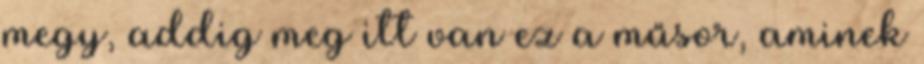
megy, addig meg itt van ez a műsor, aminek